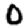
Digit: 0